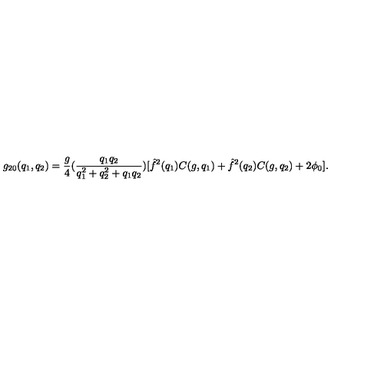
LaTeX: g _ { 2 0 } ( q _ { 1 } , q _ { 2 } ) = { \frac { g } { 4 } } ( { \frac { q _ { 1 } q _ { 2 } } { q _ { 1 } ^ { 2 } + q _ { 2 } ^ { 2 } + q _ { 1 } q _ { 2 } } } ) [ \hat { f } ^ { 2 } ( q _ { 1 } ) C ( g , q _ { 1 } ) + \hat { f } ^ { 2 } ( q _ { 2 } ) C ( g , q _ { 2 } ) + 2 \phi _ { 0 } ] .